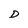
Character: D